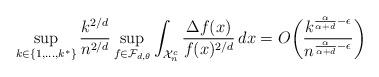
LaTeX: \begin{align*}\sup_{k \in \{1,\ldots,k^*\}} \frac{k^{2/d}}{n^{2/d}}\sup_{f \in \mathcal{F}_{d,\theta}} \int_{\mathcal{X}_n^c} \frac{\Delta f(x)}{f(x)^{2/d}} \,dx = O \biggl( \frac{k^{\frac{\alpha}{\alpha+d} - \epsilon}}{n^{\frac{\alpha}{\alpha+d} - \epsilon}}\biggr)\end{align*}